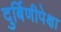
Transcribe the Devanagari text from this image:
दुर्बिणीपेक्षा